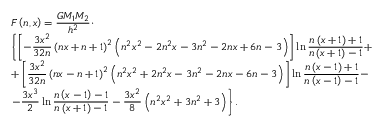
\begin{array} { l c l } { F \left( n , x \right) = \displaystyle \frac { G M _ { 1 } M _ { 2 } } { h ^ { 2 } } \cdot } \\ { \displaystyle \left\lbrace \left[ - \frac { 3 x ^ { 2 } } { 3 2 n } \left( n x + n + 1 \right) ^ { 2 } \left( n ^ { 2 } x ^ { 2 } - 2 n ^ { 2 } x - 3 n ^ { 2 } - 2 n x + 6 n - 3 \right) \right] \ln \frac { n \left( x + 1 \right) + 1 } { n \left( x + 1 \right) - 1 } + \right. } \\ { \displaystyle + \left[ \frac { 3 x ^ { 2 } } { 3 2 n } \left( n x - n + 1 \right) ^ { 2 } \left( n ^ { 2 } x ^ { 2 } + 2 n ^ { 2 } x - 3 n ^ { 2 } - 2 n x - 6 n - 3 \right) \right] \ln \frac { n \left( x - 1 \right) + 1 } { n \left( x - 1 \right) - 1 } - } \\ { \displaystyle \left. - \frac { 3 x ^ { 3 } } { 2 } \ln \frac { n \left( x - 1 \right) - 1 } { n \left( x + 1 \right) - 1 } - \frac { 3 x ^ { 2 } } { 8 } \left( n ^ { 2 } x ^ { 2 } + 3 n ^ { 2 } + 3 \right) \right\rbrace . } \end{array}